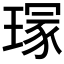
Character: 𤧽